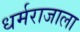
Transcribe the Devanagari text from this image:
धर्मराजाला